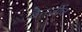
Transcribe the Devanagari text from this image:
बैनर्जीज़